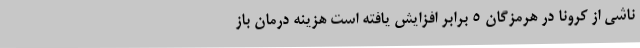
ناشی از کرونا در هرمزگان ۵ برابر افزایش یافته است هزینه درمان باز